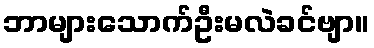
ဘာများသောက်ဦးမလဲခင်ဗျာ။